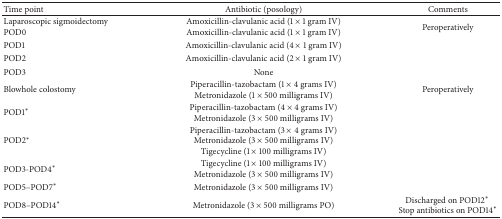
<table><thead><tr><td><b>Time point</b></td><td><b>Antibiotic (posology)</b></td><td><b>Comments</b></td></tr></thead><tbody><tr><td>Laparoscopic sigmoidectomyPOD0</td><td>Amoxicillin-clavulanic acid (1 × 1 gram IV)Amoxicillin-clavulanic acid (1 × 1 gram IV)</td><td>Peroperatively</td></tr><tr><td>POD1</td><td>Amoxicillin-clavulanic acid (4 × 1 gram IV)</td><td>[EMPTY_CELL]</td></tr><tr><td>POD2</td><td>Amoxicillin-clavulanic acid (2 × 1 gram IV)</td><td>[EMPTY_CELL]</td></tr><tr><td>POD3</td><td>None</td><td>[EMPTY_CELL]</td></tr><tr><td>Blowhole colostomy</td><td>Piperacillin-tazobactam (1 × 4 grams IV)Metronidazole (1 × 500 milligrams IV)</td><td>Peroperatively</td></tr><tr><td>POD1<sup><i>∗</i></sup></td><td>Piperacillin-tazobactam (4 × 4 grams IV)Metronidazole (3 × 500 milligrams IV)</td><td>[EMPTY_CELL]</td></tr><tr><td>POD2<sup><i>∗</i></sup></td><td>Piperacillin-tazobactam (3 × 4 grams IV)Metronidazole (3 × 500 milligrams IV)Tigecycline (1 × 100 milligrams IV)</td><td>[EMPTY_CELL]</td></tr><tr><td>POD3-POD4<sup><i>∗</i></sup></td><td>Tigecycline (1 × 100 milligrams IV)Metronidazole (3 × 500 milligrams IV)</td><td>[EMPTY_CELL]</td></tr><tr><td>POD5–POD7<sup><i>∗</i></sup></td><td>Metronidazole (3 × 500 milligrams IV)</td><td>[EMPTY_CELL]</td></tr><tr><td>POD8–POD14<sup><i>∗</i></sup></td><td>Metronidazole (3 × 500 milligrams PO)</td><td>Discharged on POD12<sup><i>∗</i></sup> Stop antibiotics on POD14<sup><i>∗</i></sup></td></tr></tbody></table>